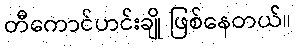
တီကောင်ဟင်းချို ဖြစ်နေတယ်။